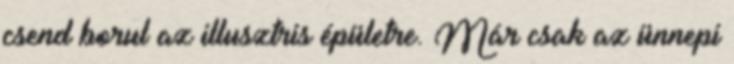
csend borul az illusztris épületre. Már csak az ünnepi